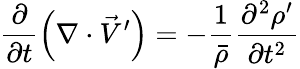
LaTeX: \frac{\partial}{\partial t}\left(\nabla\cdot\vec{V}^{\prime}\right)=-\frac{1}{\bar{\rho}}\frac{\partial^{2}\rho^{\prime}}{\partial t^{2}}